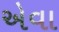
એવા